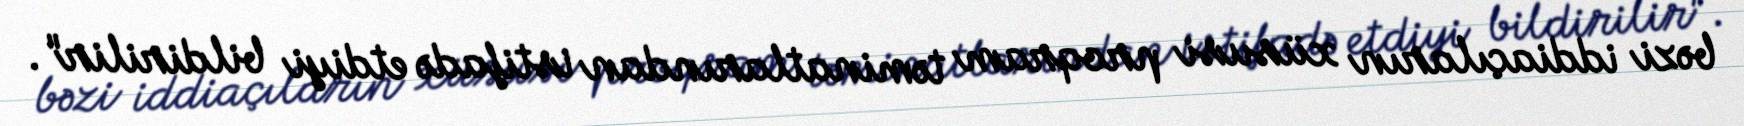
bəzi iddiaçıların xüsusi proqram təminatlarından istifadə etdiyi bildirilir".